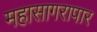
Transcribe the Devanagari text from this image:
महासागरापार